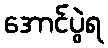
အောင်ပွဲရ